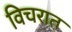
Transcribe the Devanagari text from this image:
विचरात